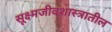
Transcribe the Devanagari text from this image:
सूक्ष्मजीवशास्त्रातील